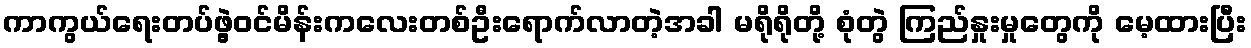
ကာကွယ်ရေးတပ်ဖွဲ့ဝင်မိန်းကလေးတစ်ဦးရောက်လာတဲ့အခါ မရိုရိုတို့ စုံတွဲ ကြည်နှုးမှုတွေကို မေ့ထားပြီး